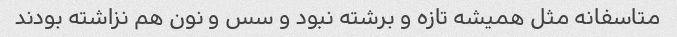
متاسفانه مثل همیشه تازه و برشته نبود و سس و نون هم نزاشته بودند